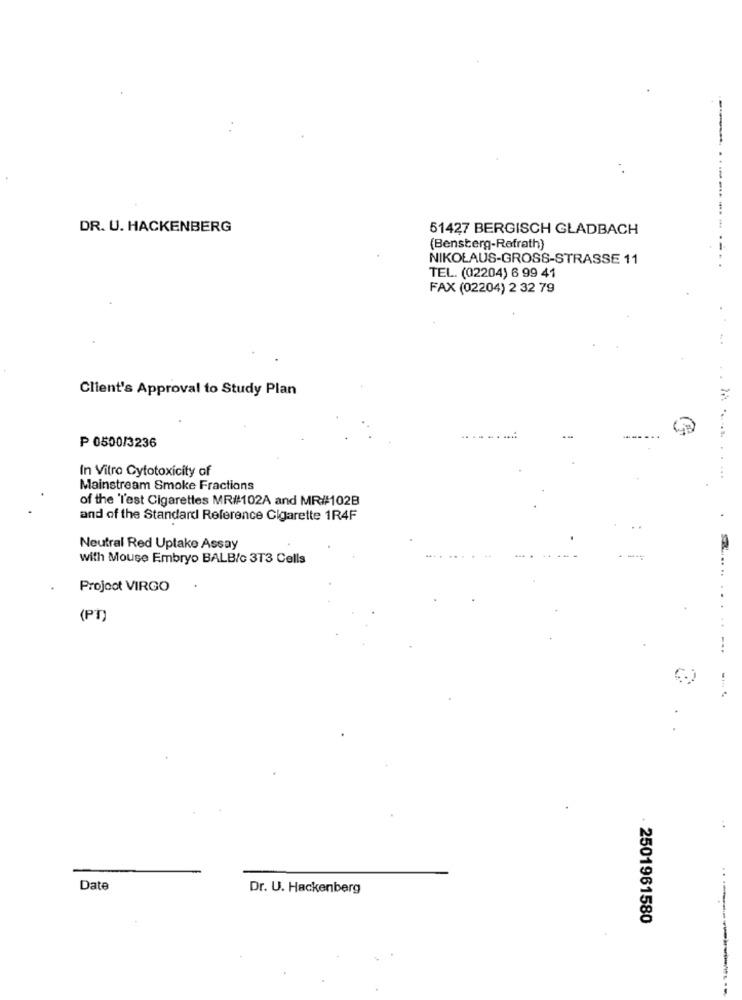
DR. U. HACKENBERG
51427 BERGISCH GLADBACH
....
(Bensberg-Refrath)
NIKOLAUS-GROSS-STRASSE 11
..
TEL. (02204) 6 99 41
FAX (02204) 2 32 79
..
Client's Approval to Study Plan
-....
P 0500/3236
In Vitro Cytotoxicity of
Mainstream Smoke Fractions
of the 'l'est Cigarettes MR#102A and MR#102B
and of the Standard Reference Cigarette 1R4F
Neutral Red Uptake Assay
with Mouse Embryo BALB/c 3T3 Cells
Project VIRGO
.
(PT)
Date
Dr. U. Hackenberg
2501961580